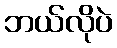
ဘယ်လိုပဲ